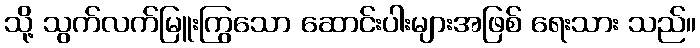
သို့ သွက်လက်မြူးကြွသော ဆောင်းပါးများအဖြစ် ရေးသား သည်။